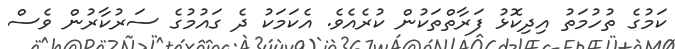
ކަމުގެ ތުހުމަތު އިދިކޮޅު ފަރާތްތަކުން ކުރެއެވެ. އެކަމަކު ދެ ގައުމުގެ ސަރުކާރުން ވެސް